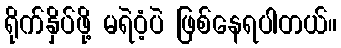
ရိုက်နှိပ်ဖို့ မရဲဝံ့ပဲ ဖြစ်နေရပါတယ်။